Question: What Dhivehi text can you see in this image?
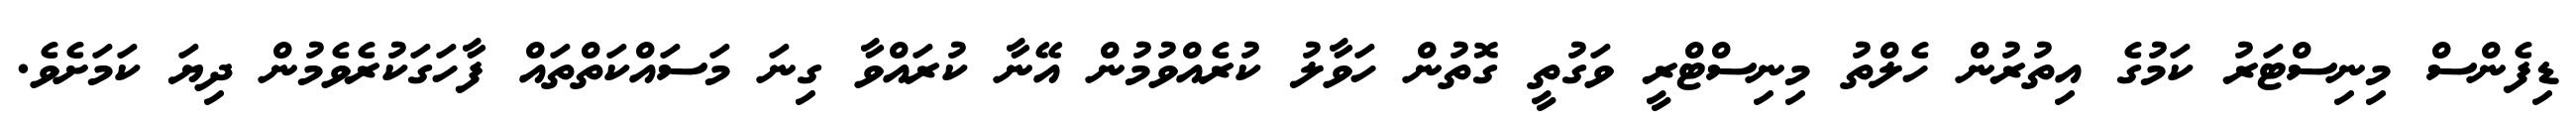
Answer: ޑިފެންސް މިނިސްޓަރު ކަމުގެ އިތުރުން ހެލްތު މިނިސްޓްރީ ވަގުތީ ގޮތުން ހަވާލު ކުރެއްވުމުން އޭނާ ކުރައްވާ ގިނަ މަސައްކަތްތައް ފާހަގަކުރެވެމުން ދިޔަ ކަމަށެވެ.